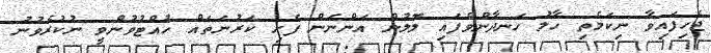
ޖެހިފައިވާ ނިކަމެތި ހާލު ހަނދާންވެފައި ލޮލުން އަންނަން ފެށި ކަރުނަތައް ހުއްޓުވުންވީ ނުކުރެވުނު